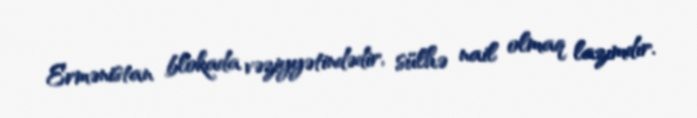
Ermənistan blokada vəziyyətindədir, sülhə nail olmaq lazımdır.